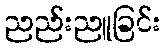
ညည်းညူခြင်း